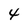
Character: 4